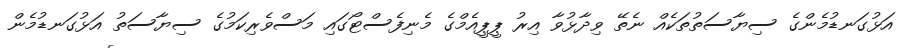
އަޅުގަނޑުމެންގެ ސިޔާސަތުތަކެއް ނެތޭ ވިދާޅުވާ އިރު ޕީޕީއެމްގެ މެނިފެސްޓޯގައި މަސްވެރިކަމުގެ ސިޔާސަތު އަޅުގަނޑުމެން